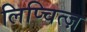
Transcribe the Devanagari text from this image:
लिप्चित्ज़